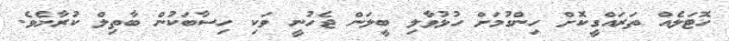
ހޮޓަލެއް ތަރައްގީކޮށް ހިންގުމަށް ހުޅުވާލި ބީލަން ޖެހުނީ ވަކި ހިސާބަކުން ބާތިލް ކުރާށެވެ.